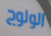
الولوج